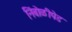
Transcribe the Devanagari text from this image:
निंबोळीपेड